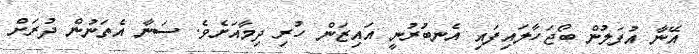
އޭނާ އުފަލުން ބޯޖަހާލައިފައި އެނބުރުނީ އައިޒަން ހުރި ދިމާއަށެވެ. ސަނާ އެތަނުން ދުރަށް